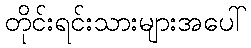
တိုင်းရင်းသားများအပေါ်